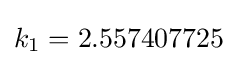
k_{1}=2.557407725